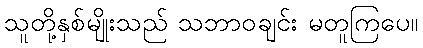
သူတို့နှစ်မျိုးသည် သဘာဝချင်း မတူကြပေ။